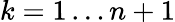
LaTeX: k=1\dots n+1